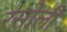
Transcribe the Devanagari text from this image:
रसोली